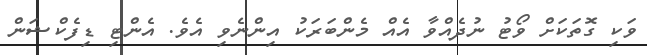
ވަކި ގޮތަކަށް ވޯޓު ނުދެއްވާ އެއް މެންބަރަކު އިންނެވި އެވެ. އެންޓި ޑިފެކްޝަން